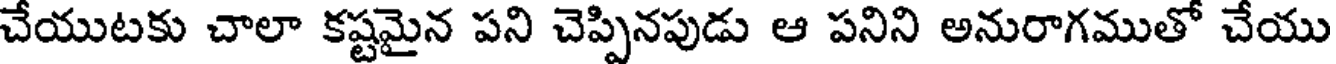
చేయుటకు చాలా కష్టమైన పని చెప్పినపుడు ఆ పనిని అనురాగముతో చేయు